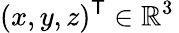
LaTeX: (x,y,z)^{\mathsf{T}}\in\mathbb{R}^{3}\,